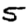
Digit: 5